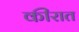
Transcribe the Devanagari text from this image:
कीरात